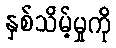
နှစ်သိမ့်မှုကို